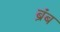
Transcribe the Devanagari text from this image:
ब्रंब